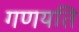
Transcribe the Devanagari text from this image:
गणयति